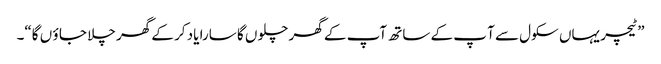
”ٹیچر یہاں سکول سے آ پ کے ساتھ آپ کے گھر چلو ں گا سارا یاد کر کے گھر چلا جا ؤ ں گا“۔